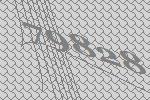
79828